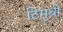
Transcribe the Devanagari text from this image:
टिमुथी